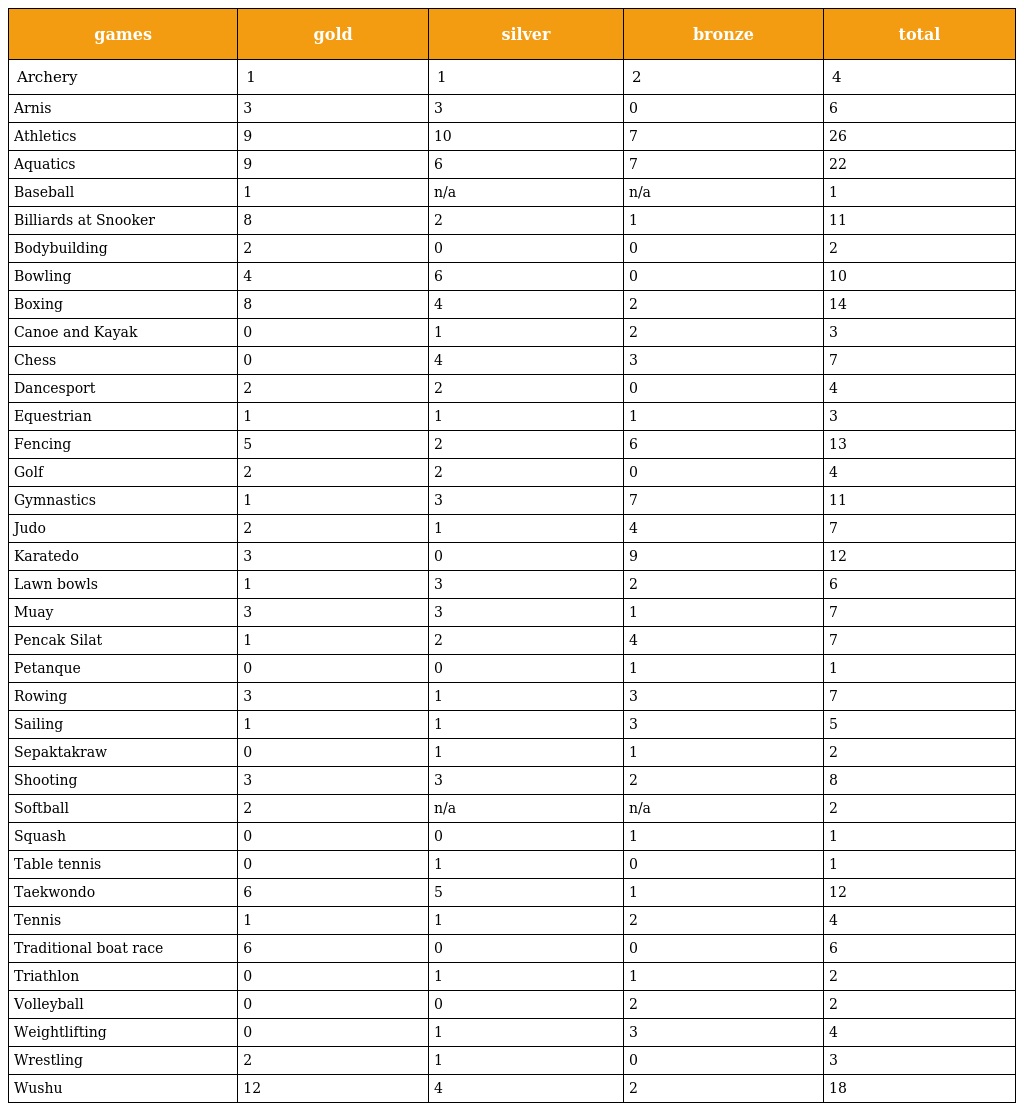
| games | gold | silver | bronze | total |
 | --- | --- | --- | --- | --- |
 | Archery | 1 | 1 | 2 | 4 |
 | Arnis | 3 | 3 | 0 | 6 |
 | Athletics | 9 | 10 | 7 | 26 |
 | Aquatics | 9 | 6 | 7 | 22 |
 | Baseball | 1 | n/a | n/a | 1 |
 | Billiards at Snooker | 8 | 2 | 1 | 11 |
 | Bodybuilding | 2 | 0 | 0 | 2 |
 | Bowling | 4 | 6 | 0 | 10 |
 | Boxing | 8 | 4 | 2 | 14 |
 | Canoe and Kayak | 0 | 1 | 2 | 3 |
 | Chess | 0 | 4 | 3 | 7 |
 | Dancesport | 2 | 2 | 0 | 4 |
 | Equestrian | 1 | 1 | 1 | 3 |
 | Fencing | 5 | 2 | 6 | 13 |
 | Golf | 2 | 2 | 0 | 4 |
 | Gymnastics | 1 | 3 | 7 | 11 |
 | Judo | 2 | 1 | 4 | 7 |
 | Karatedo | 3 | 0 | 9 | 12 |
 | Lawn bowls | 1 | 3 | 2 | 6 |
 | Muay | 3 | 3 | 1 | 7 |
 | Pencak Silat | 1 | 2 | 4 | 7 |
 | Petanque | 0 | 0 | 1 | 1 |
 | Rowing | 3 | 1 | 3 | 7 |
 | Sailing | 1 | 1 | 3 | 5 |
 | Sepaktakraw | 0 | 1 | 1 | 2 |
 | Shooting | 3 | 3 | 2 | 8 |
 | Softball | 2 | n/a | n/a | 2 |
 | Squash | 0 | 0 | 1 | 1 |
 | Table tennis | 0 | 1 | 0 | 1 |
 | Taekwondo | 6 | 5 | 1 | 12 |
 | Tennis | 1 | 1 | 2 | 4 |
 | Traditional boat race | 6 | 0 | 0 | 6 |
 | Triathlon | 0 | 1 | 1 | 2 |
 | Volleyball | 0 | 0 | 2 | 2 |
 | Weightlifting | 0 | 1 | 3 | 4 |
 | Wrestling | 2 | 1 | 0 | 3 |
 | Wushu | 12 | 4 | 2 | 18 |